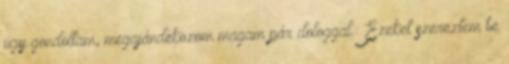
úgy gondoltam, megajándékozom magam pár dologgal.: Ezeket szereztem be